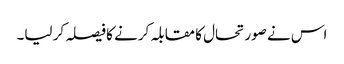
اس نے صورتحال کا مقابلہ کرنے کا فیصلہ کر لیا۔